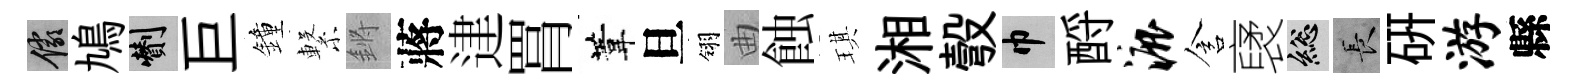
儼鳩剪巨鐘繋鏘蔣䢖罥葦旦翎曲蝕琪湘彀巾酹漉含裦總长硏游縣